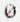
0